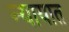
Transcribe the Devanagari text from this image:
न्यायात